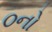
૦નો